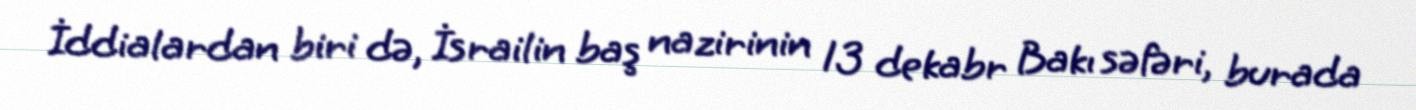
İddialardan biri də, İsrailin baş nazirinin 13 dekabr Bakı səfəri, burada